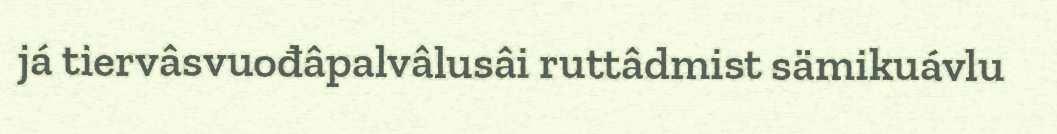
já tiervâsvuođâpalvâlusâi ruttâdmist sämikuávlu